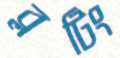
ব্লটিং